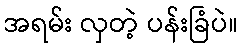
အရမ်း လှတဲ့ ပန်းခြံပဲ။